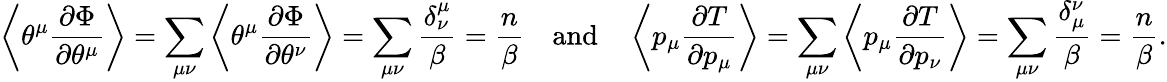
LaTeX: \left\langle\theta^{\mu}\frac{\partial\Phi}{\partial\theta^{\mu}}\right\rangle=\sum_{\mu\nu}\left\langle\theta^{\mu}\frac{\partial\Phi}{\partial\theta^{\nu}}\right\rangle=\sum_{\mu\nu}\frac{\delta_{\nu}^{\mu}}{\beta}=\frac{n}{\beta}\quad\mathrm{and}\quad\left\langle p_{\mu}\frac{\partial T}{\partial p_{\mu}}\right\rangle=\sum_{\mu\nu}\left\langle p_{\mu}\frac{\partial T}{\partial p_{\nu}}\right\rangle=\sum_{\mu\nu}\frac{\delta_{\mu}^{\nu}}{\beta}=\frac{n}{\beta}.